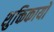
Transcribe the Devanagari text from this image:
शुक्तिकायों